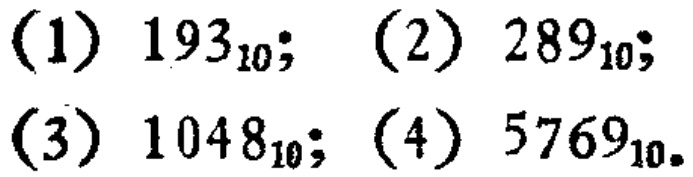
(1) \(193_{10}\); (2) \(289_{10}\); (3) \(1048_{10}\); (4) \(5769_{10}\).